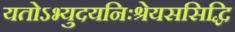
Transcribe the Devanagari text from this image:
यतोऽभ्युदयनिःश्रेयससिद्धि